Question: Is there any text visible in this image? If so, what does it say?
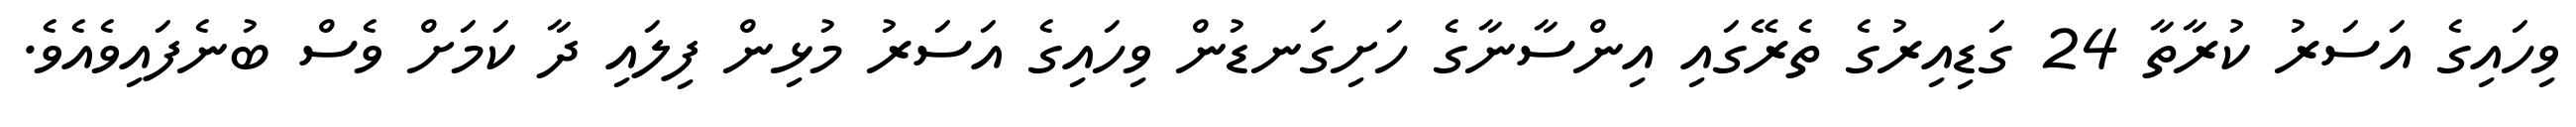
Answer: ވިހައިގެ އަސަރު ކުރާތާ 24 ގަޑިއިރުގެ ތެރޭގައި އިންސާނާގެ ހަށިގަނޑުން ވިހައިގެ އަސަރު މުޅިން ފިލައި ދާ ކަމަށް ވެސް ބުނެފައިވެއެވެ.